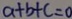
a + b + c = 0